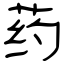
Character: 药